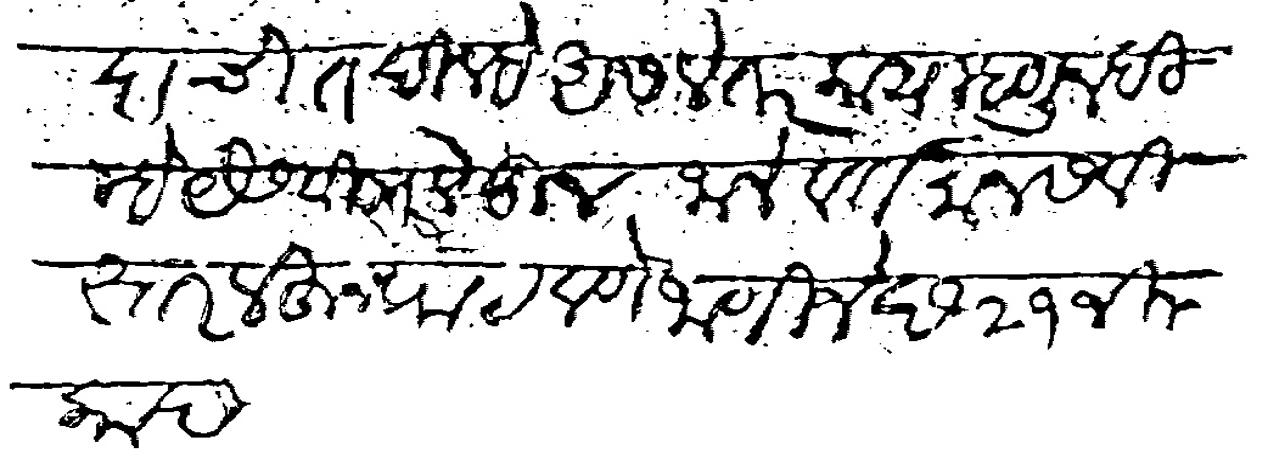
Transliteration (Devanagari): कदाचीत दिल्हे असले तर काय म्हणुन दिल्हे यैसे सविस्तर लेहून जाले वर्तमान सवीस्तर लेहुन पाठवणे जाणीजे छ१२ जिलकाद